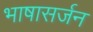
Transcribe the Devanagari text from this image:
भाषासर्जन